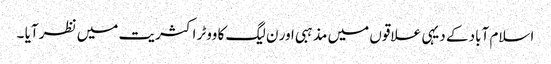
اسلام آباد کے دیہی علاقوں میں مذہبی اور ن لیگ کا ووٹر اکثریت میں نظر آیا ۔